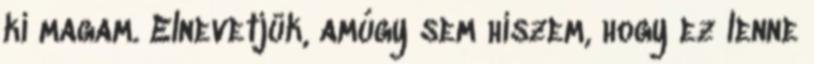
ki magam. Elnevetjük, amúgy sem hiszem, hogy ez lenne